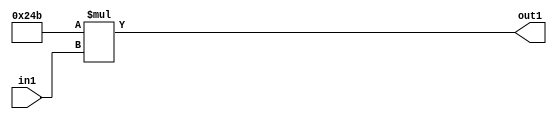
`timescale 1ps / 1ps
/*****************************************************************************
    Verilog RTL Description
    
    
    Created by: Stratus DpOpt 2019.1.01 
*******************************************************************************/

module ColorTransform_Mul2iLLu8_1 (
	in1,
	out1
	); /* architecture "behavioural" */ 
input [7:0] in1;
output [17:0] out1;
wire [17:0] asc001;

assign asc001 = 
	+(18'B000000001001001011 * in1);

assign out1 = asc001;
endmodule

/* CADENCE  ubDzSAo= : u9/ySgnWtBlWxVPRXgAZ4Og= ** DO NOT EDIT THIS LINE ******/